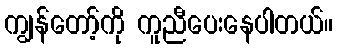
ကျွန်တော့်ကို ကူညီပေးနေပါတယ်။